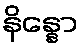
နိန္နော